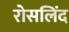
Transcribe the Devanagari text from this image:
रोसलिंद